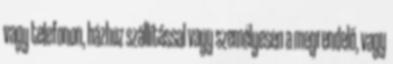
vagy telefonon, házhoz szállítással vagy személyesen a megrendelő, vagy